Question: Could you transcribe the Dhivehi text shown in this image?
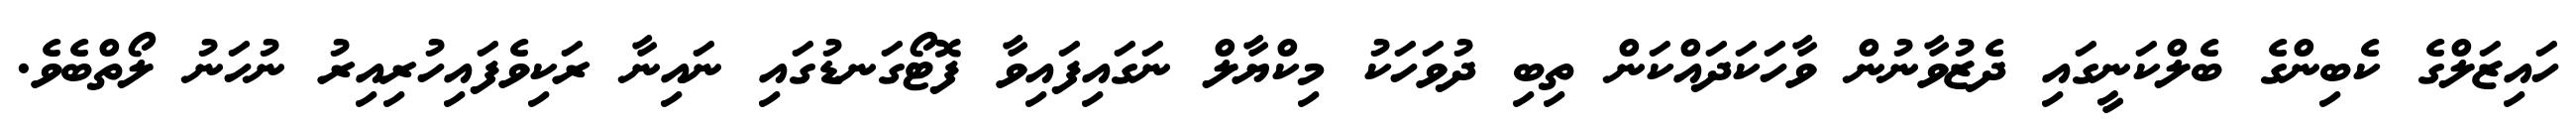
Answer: ހައިޒަލްގެ ކެބިންގެ ބެލްކަނީގައި ދެޒުވާނުން ވާހަކަދައްކަން ތިބި ދުވަހަކު މިކްޔާލް ނަގައިފައިވާ ފޮޓޯގަނޑުގައި ނައިނާ ރަކިވެފައިހުރިއިރު ނުހަނު ލޯތްބެވެ.